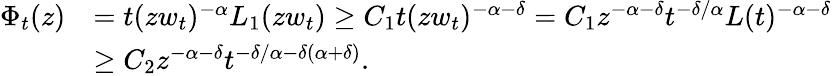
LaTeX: \begin{array}{rl}{\Phi_{t}(z)}&{=t(zw_{t})^{-\alpha}L_{1}(zw_{t})\geq C_{1}t(zw_{t})^{-\alpha-\delta}=C_{1}z^{-\alpha-\delta}t^{-\delta/\alpha}L(t)^{-\alpha-\delta}}\\ &{\geq C_{2}z^{-\alpha-\delta}t^{-\delta/\alpha-\delta(\alpha+\delta)}.}\end{array}